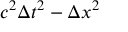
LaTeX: c ^ { 2 } \Delta t ^ { 2 } - \Delta x ^ { 2 }